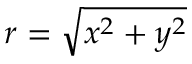
r = \sqrt { x ^ { 2 } + y ^ { 2 } }